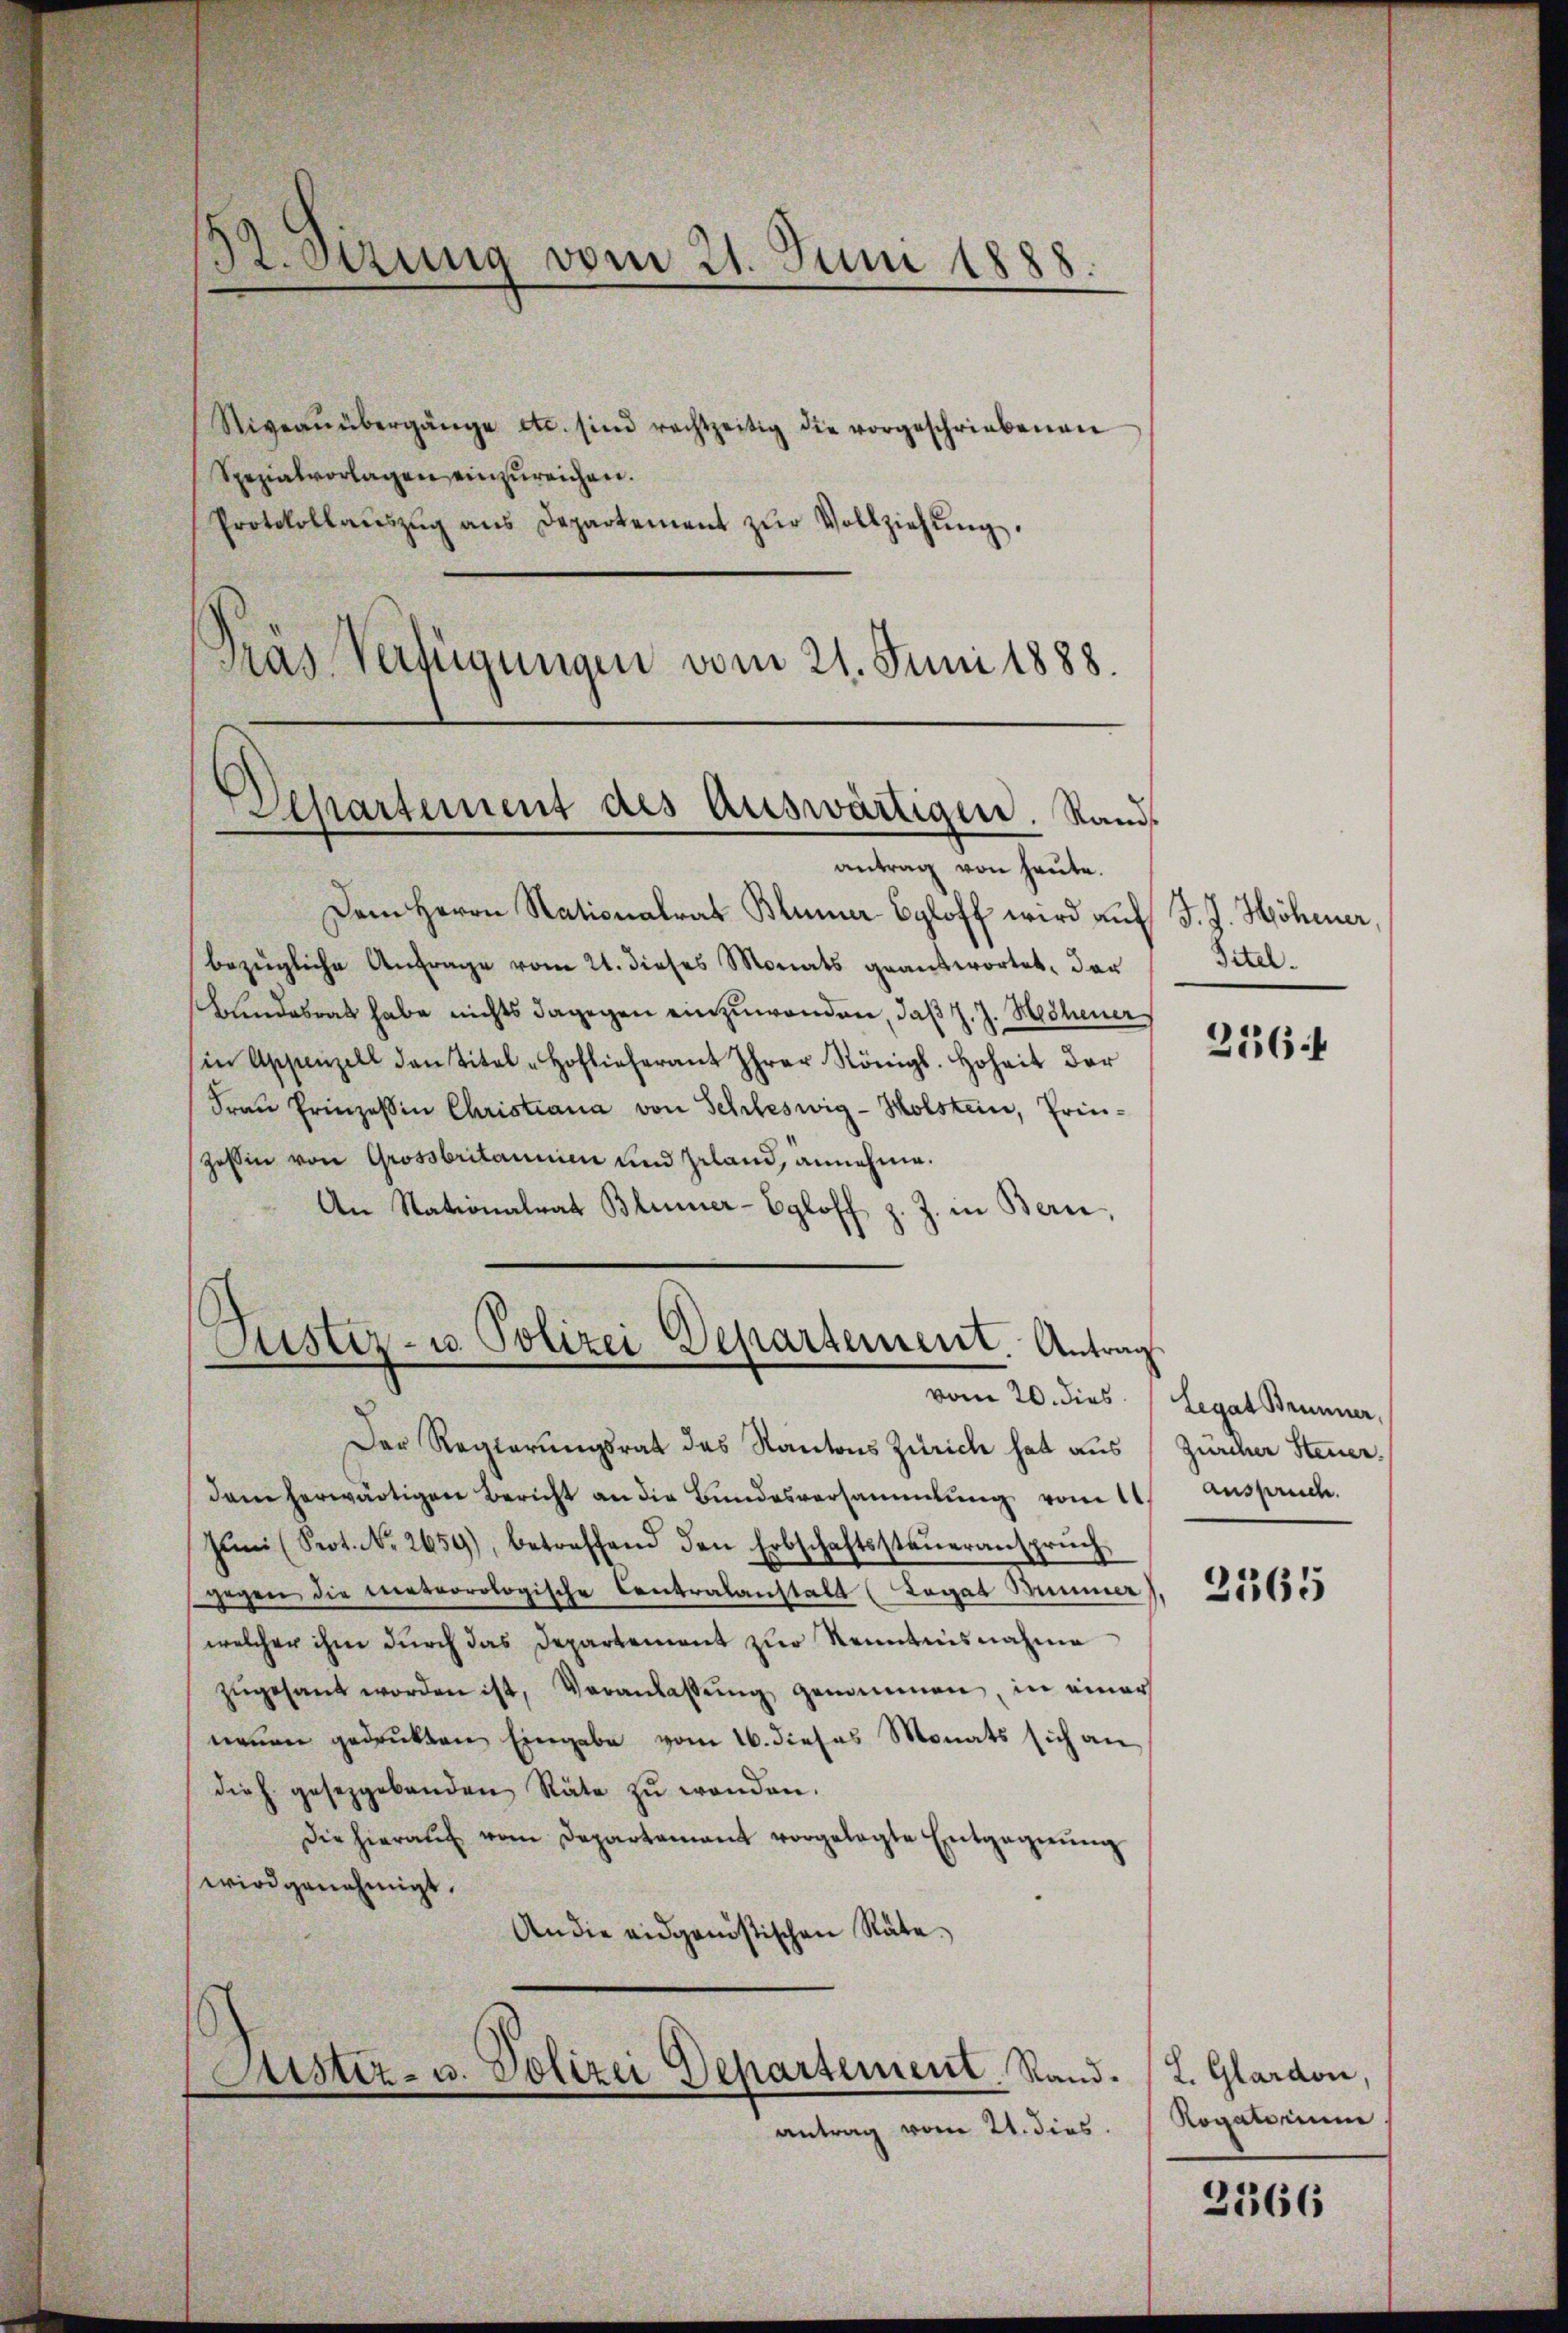
St.Otzung vom 21. Juni 1888.

Niveaŭübergänge etc. sind rechtzeitig die vorgeschriebenen
Spezialvorlagen einzureichen.
Protokollaŭszŭg ans Departement zŭr Vollziehŭng.
Pras Verfügungen vom 21. Juni 1888.

antrag von heute.
Dem Herrn Nationalrat Blümer Egloff wird auf J. J. Höhener,
bezügliche Anfrage vom 21. dieses Monats geantwortet, der
Bundesrat habe nichts dagegen einzuwenden, daß J. J. Hechener
in Appenzell den Titel-Hoflieherant Ihrer Königl. Hoheit der
Frau Prinzessin Christiana von Schleswig-Holstein, Prin-
Zessin von Grossbritannin und Geland, annehme.
An Nationalrat Blümer-Egloff
z. Z. in Bern,
Justiz- u. Polizei Departement. Antrag

Departement des Auswärtigen. Sand¬

Justiz- u. Polizei Departement. Stand.
antrag vom 21. dies

Der Regierungsrat des Kantons Zürich hat aus Zürcher Steuer.
dem herwärtigen Bericht an die Bundesversammlung vom 1
Jŭni (Seot. No. 2659), betreffend den Erbschaftssteŭeransprŭch
gegen die Meteorologische Contralanstalt (Legat Minner
welcher ihm durch das Departement zur Kenntnisnahme
zŭgesant worden ist, Veranlassŭng genommen, in einer
nenen gedrukten Eingabe vom 16. dieses Monats sich an
dieh. gesetzgebenden Räte zŭ wenden.
Die hieraŭf vom Departamant vorgelegte Entgegnŭng
wird genehmigt.
An die eidgenößischen Räte.

Titel.

2164

vom 20. dies (Legat Brunner,
Anspruch.

2565

L. Glardon,
Rogatorium

2366